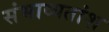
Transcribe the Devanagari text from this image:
संभाव्यतांश